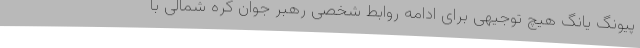
پیونگ یانگ هیچ توجیهی برای ادامه روابط شخصی رهبر جوان کره شمالی با